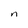
Character: n